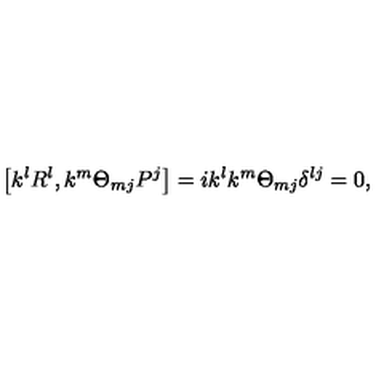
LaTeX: \left[ k ^ { l } R ^ { l } , k ^ { m } \Theta _ { m j } P ^ { j } \right] = i k ^ { l } k ^ { m } \Theta _ { m j } \delta ^ { l j } = 0 ,